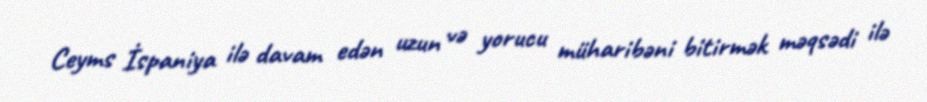
Ceyms İspaniya ilə davam edən uzun və yorucu müharibəni bitirmək məqsədi ilə